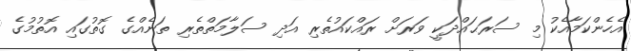
އެހެންކަމާއެކު މި ސަރަޙައްދަކީ ވަރަށް ރައްކައުތެރި އަދި ސަލާމަތްތެރި ތަނެއްގެ ގޮތުގައި އޮތުމުގެ